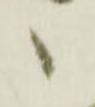
候